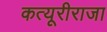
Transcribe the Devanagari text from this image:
कत्यूरीराजा